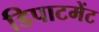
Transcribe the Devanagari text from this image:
डिपाटमेंट